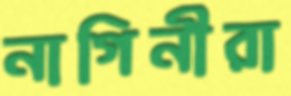
নাগিনীরা